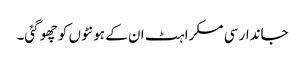
جاندار سی مسکراہٹ ان کے ہونٹوں کو چھو گئی۔